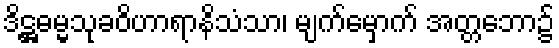
ဒိဋ္ဌဓမ္မသုခဝိဟာရာနိသံသာ၊ မျက်မှောက် အတ္တဘော၌